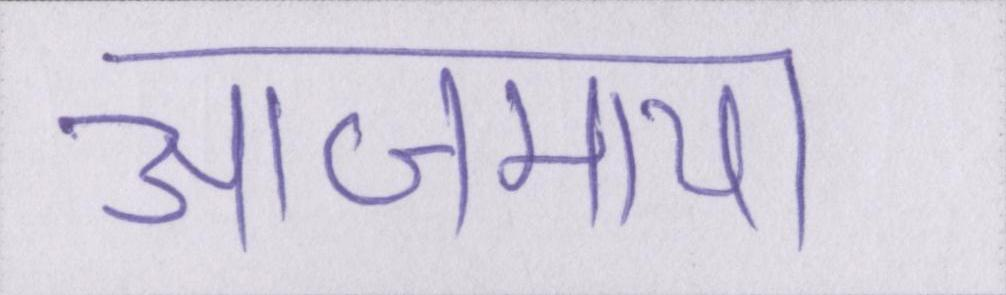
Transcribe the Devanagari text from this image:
आजमाया